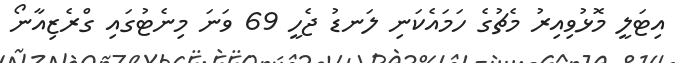
އިޓަލީ މޮޅުވިއިރު މެޗުގެ ހަމައެކަނި ލަނޑު ޖެހީ 69 ވަނަ މިނެޓުގައި ގްރެޒިއާނޯ